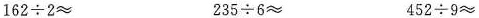
162÷2≈ 235÷6≈ 452÷9≈